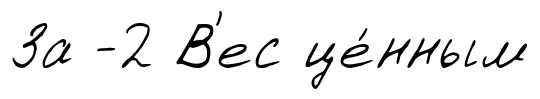
За -2 В'ес це́нным